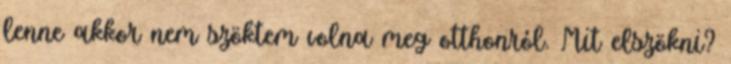
lenne akkor nem szöktem volna meg otthonról. Mit elszökni?